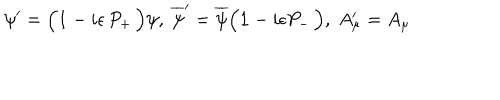
LaTeX: \psi ^ { \prime } = \Big ( { \bf 1 } - i \epsilon \, P _ { + } \, \Big ) \psi , \; { \overline { { \psi } } } ^ { \prime } = { \overline { { \psi } } } \Big ( { \bf 1 } - i \epsilon P _ { - } \, \Big ) , \; A _ { \mu } ^ { \prime } = A _ { \mu }